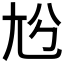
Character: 𡯔